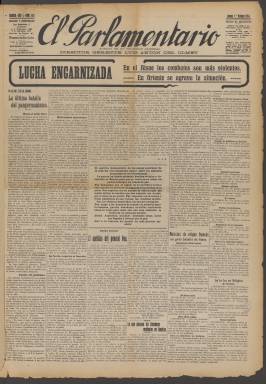
Título: El Parlamentario (Madrid)
Colección: Periódicos
Ámbito geográfico: Madrid
Lugar de publicación: Madrid
Fechas: 01/10/1914-30/11/1931

Debido a su mal estado de conservación no ha sido posible digitalizar, por el momento, los ejemplares del año 1923.